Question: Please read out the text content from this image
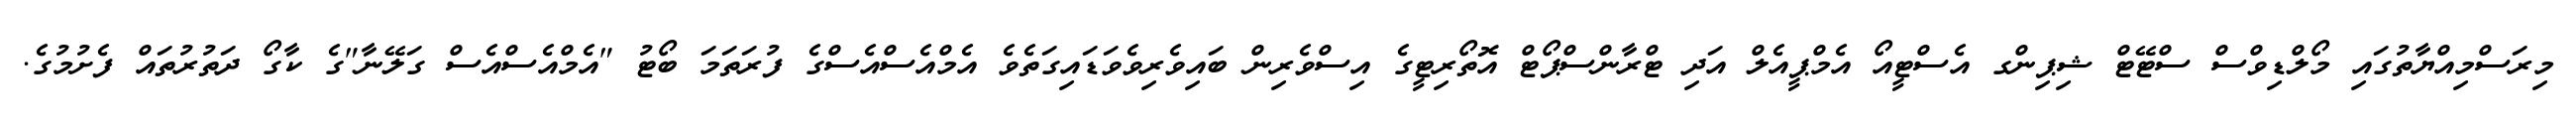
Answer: މިރަސްމިއްޔާތުގައި މޯލްޑިވްސް ސްޓޭޓް ޝިޕިންގ އެސްޓީއޯ އެމްޕީއެލް އަދި ޓްރާންސްޕޯޓް އޮތޯރިޓީގެ އިސްވެރިން ބައިވެރިވެވަޑައިގަތެވެ އެމްއެސްއެސްގެ ފުރަތަމަ ބޯޓު "އެމްއެސްއެސް ގަލޭނާ"ގެ ކާގޯ ދަތުރުތައް ފެށުމުގެ.